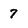
Character: 7